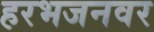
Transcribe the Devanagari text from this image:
हरभजनवर